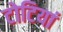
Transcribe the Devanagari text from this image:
टोटियां